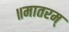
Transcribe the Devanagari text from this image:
॥मातरम्